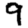
Digit: 9